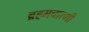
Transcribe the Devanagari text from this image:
ब्रहमचारणी